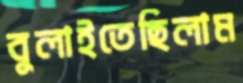
বুলাইতেছিলাম